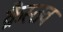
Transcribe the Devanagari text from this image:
क्रैस्तव